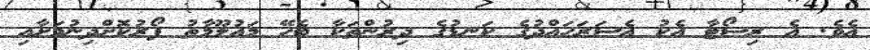
އެވެ. އެ ރިސޯޓާ އެކު އެސަރަހައްދުގެ ކަނޑުގެ ދިރުންތަކާ ބެހޭ މައުލޫމާތު ފޯރުކޮށްދިނުމަށާއި